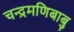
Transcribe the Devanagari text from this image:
चन्द्रमणिबाबु